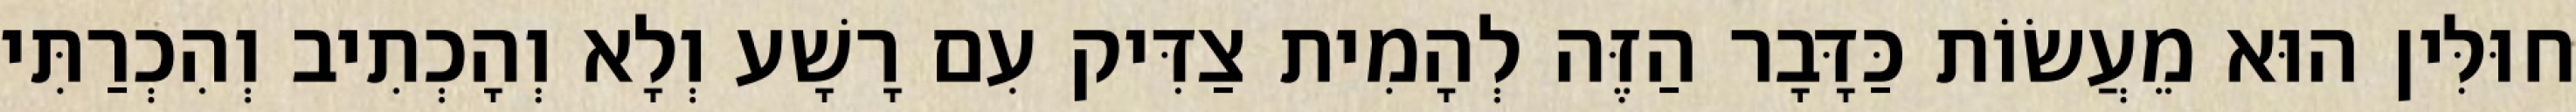
חוּלִּין הוּא מֵעֲשׂוֹת כַּדָּבָר הַזֶּה לְהָמִית צַדִּיק עִם רָשָׁע וְלָא וְהָכְתִיב וְהִכְרַתִּי